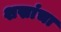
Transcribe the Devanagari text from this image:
शस्रांचा